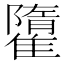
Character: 𩀶